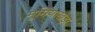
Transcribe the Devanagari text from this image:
मुमिंयाखेड़ा